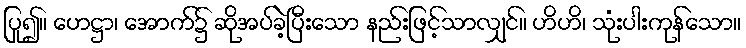
ပြု၍။ ဟေဋ္ဌာ၊ အောက်၌ ဆိုအပ်ခဲ့ပြီးသော နည်းဖြင့်သာလျှင်။ ဟိဟိ၊ သုံးပါးကုန်သော။